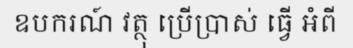
ឧបករណ៍ វត្ថុ ប្រើប្រាស់ ធ្វើ អំពី